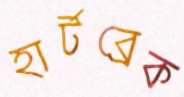
হার্টব্রেক